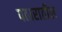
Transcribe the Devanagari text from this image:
पठारातील